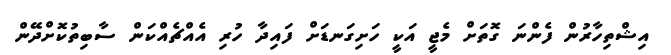
އިޝްތިހާރުން ފެންނަ ގޮތަށް މެޖީ އަކީ ހަށިގަނޑަށް ފައިދާ ހުރި އެއްޗެއްކަން ސާބިތުކޮށްދޭން